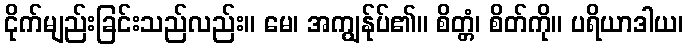
ငိုက်မျည်းခြင်းသည်လည်း။ မေ၊ အကျွန်ုပ်၏။ စိတ္တံ၊ စိတ်ကို။ ပရိယာဒါယ၊